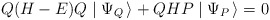
\begin{align*}Q(H-E)Q \mid \Psi_Q\, \rangle + QHP \mid \Psi_P\, \rangle = 0\end{align*}